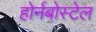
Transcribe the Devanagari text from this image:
होर्नबोस्टेल